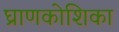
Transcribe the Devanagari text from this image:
घ्राणकोशिका